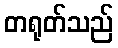
တရုတ်သည်